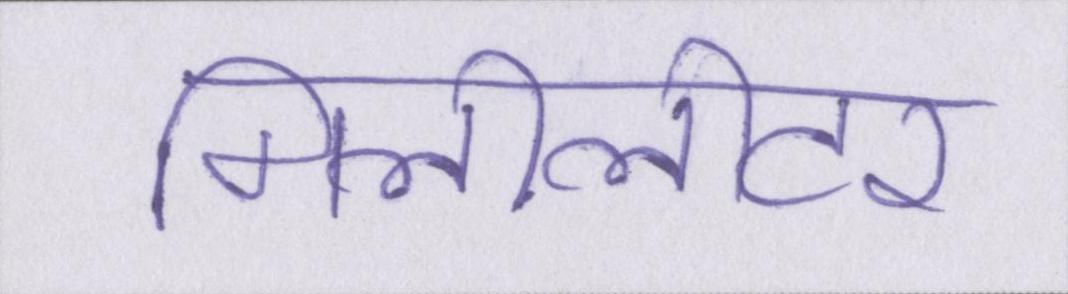
मिलीलीटर